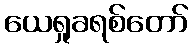
ယေရှုခရစ်တော်